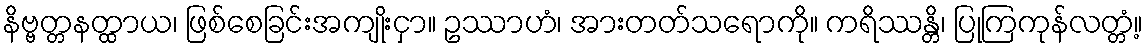
နိဗ္ဗတ္တနတ္ထာယ၊ ဖြစ်စေခြင်းအကျိုးငှာ။ ဥဿာဟံ၊ အားတတ်သရောကို။ ကရိဿန္တိ၊ ပြုကြကုန်လတ္တံ့။